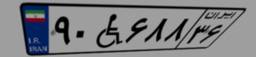
۹۰W۶۸۸۳۶